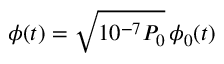
\phi ( t ) = \sqrt { 1 0 ^ { - 7 } P _ { 0 } } \, \phi _ { 0 } ( t )